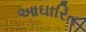
આઘારિત